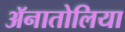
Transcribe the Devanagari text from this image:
ॲनातोलिया